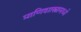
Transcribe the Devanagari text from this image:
प्राणिशास्त्रामध्ये